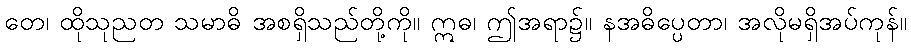
တေ၊ ထိုသုညတ သမာဓိ အစရှိသည်တို့ကို။ ဣဓ၊ ဤအရာ၌။ နအဓိပ္ပေတာ၊ အလိုမရှိအပ်ကုန်။